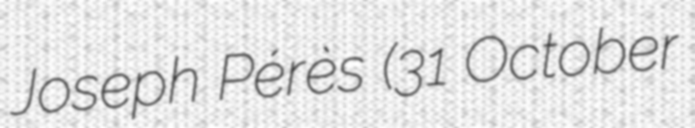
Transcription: Joseph Pérès (31 October